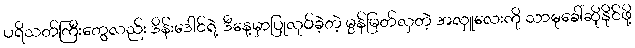
ပရိသတ်ကြီးတွေလည်း ဒိန်းဒေါင်ရဲ့ ဒီနေ့မှာပြုလုပ်ခဲ့တဲ့ မွန်မြတ်လှတဲ့ အလှူလေးကို သာဓုခေါ်ဆိုနိုင်ဖို့